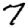
Digit: 7